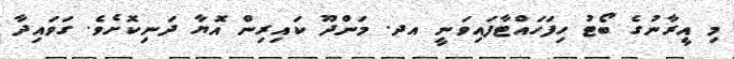
މި އީރާނުގެ ބޯޓު ހިފަހައްޓާފައިވަނީ އދ. މަންދޫ ކައިރިން އޮޔާ ދަނިކޮށެވެ. ގަވައިދާ